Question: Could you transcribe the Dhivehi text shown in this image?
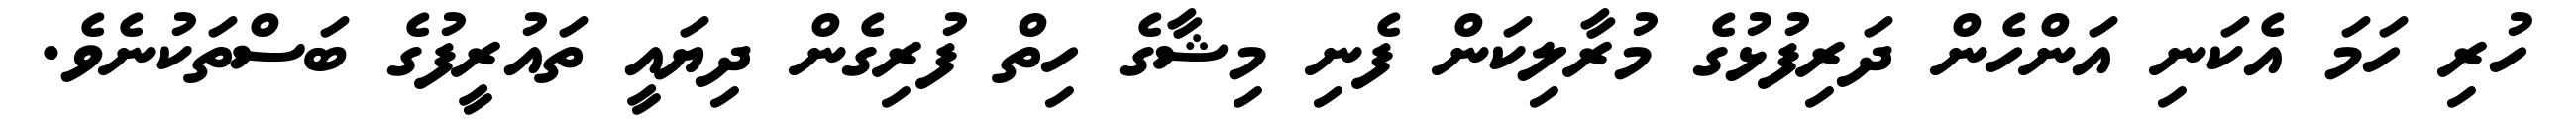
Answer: ހުރި ހަމަ އެކަނި އަންހެން ދަރިފުޅުގެ މުރާލިކަން ފެނި މިޝާގެ ހިތް ފުރިގެން ދިޔައީ ތައުރީފުގެ ބަސްތަކުނެވެ.